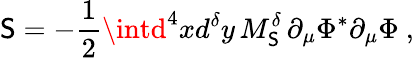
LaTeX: \mathsf{S}=-\frac{{1}}{{2}}\intd^{4}xd^{\delta}y\, M_{\mathsf{S}}^{\delta}\, \partial_{\mu}\Phi^{\ast}\partial_{\mu}\Phi\ ,